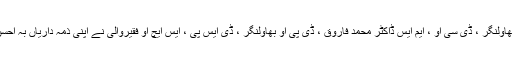
ان میں ای ڈی او بھاولنگر ، ڈی سی او ، ایم ایس ڈاکٹر محمد فاروق ، ڈی پی او بھاولنگر ، ڈی ایس پی ، ایس ایچ او فقیروالی نے اپنی ذمہ داریاں بہ احسن و خوبی ادا کیں ۔